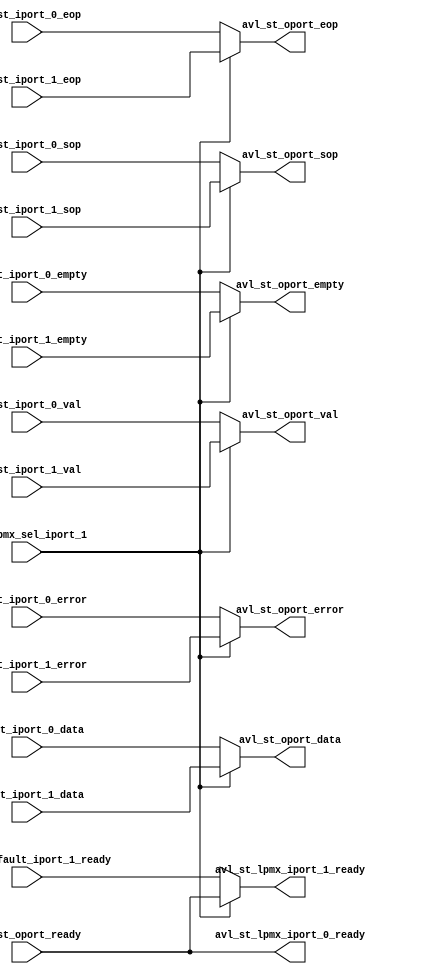
module avalon_st_prtmux 
      (
      //  first avalon-st port input to this module
	  input  wire	    avl_st_iport_0_eop,
	  input  wire[5:0]  avl_st_iport_0_error,
	  input  wire	    avl_st_iport_0_sop,
	  input  wire	    avl_st_iport_0_val,
	  input  wire[63:0] avl_st_iport_0_data,
	  input  wire[2:0]  avl_st_iport_0_empty, 
	  output reg	    avl_st_lpmx_iport_0_ready,
	  
      //  second avalon-st port input to this module
	  input  wire	    avl_st_iport_1_eop,
	  input  wire[5:0]  avl_st_iport_1_error,
	  input  wire	    avl_st_iport_1_sop,
	  input  wire	    avl_st_iport_1_val,
	  input  wire[63:0] avl_st_iport_1_data,
	  input  wire[2:0]  avl_st_iport_1_empty, 
	  output reg	    avl_st_lpmx_iport_1_ready,
          input  wire	    avl_st_default_iport_1_ready, // one from mactx
	  
      //  output port connected to one of the two
      //  input ports as listed in lines above
	  output reg	    avl_st_oport_eop,
	  output reg[5:0]   avl_st_oport_error,
	  output reg	    avl_st_oport_sop,
	  output reg	    avl_st_oport_val,
	  output reg[63:0]  avl_st_oport_data,
	  output reg[2:0]   avl_st_oport_empty, 
	  input  wire	    avl_st_oport_ready, // avl_st_snk_lpmx_ready
	  
	  input  wire	    cfg_lpmx_sel_iport_1
	);

 // ____________________________________________________________________

 //          iport0: macrx outputs, iport1: avl st tx outputs
 //	     and oport is the avl st rx inputs. Please note that
 //	     the direction of ready is opposite to rest of signals
 //

  always@(*)
    begin
	if (cfg_lpmx_sel_iport_1)
	    begin
	    // when loopback is enabled, the avl st rx bus
	    // is connected to avl st tx bus (iport_1)
	    // the ready signal for avl st tx will be connected
	    // to the oport ready signal
		avl_st_oport_eop  = avl_st_iport_1_eop;
		avl_st_oport_error= avl_st_iport_1_error;
		avl_st_oport_sop  = avl_st_iport_1_sop;
		avl_st_oport_val  = avl_st_iport_1_val;
		avl_st_oport_data = avl_st_iport_1_data;
		avl_st_oport_empty = avl_st_iport_1_empty; 
	        avl_st_lpmx_iport_1_ready = avl_st_oport_ready; // avl_st_snk_lpmx_ready;
	    //	we are not considering port0 (default) to outport
	    //	connection here, so it is dont care, we can leave 
	    //	the default  connection for iport-0 ready as such
	        avl_st_lpmx_iport_0_ready = avl_st_oport_ready; // avl_st_snk_lpmx_ready;
	    end
	else 
	    begin
		avl_st_oport_eop  = avl_st_iport_0_eop;
		avl_st_oport_error= avl_st_iport_0_error;
		avl_st_oport_sop  = avl_st_iport_0_sop;
		avl_st_oport_val  = avl_st_iport_0_val;
		avl_st_oport_data = avl_st_iport_0_data;
		avl_st_oport_empty = avl_st_iport_0_empty; 
	        avl_st_lpmx_iport_0_ready = avl_st_oport_ready; // avl_st_snk_lpmx_ready;
	        avl_st_lpmx_iport_1_ready = avl_st_default_iport_1_ready; 
	    end
    end


 // ____________________________________________________________________
 //

 endmodule